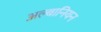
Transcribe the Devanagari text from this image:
अल्बानियन